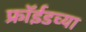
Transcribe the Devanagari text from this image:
फ्रॉईडच्या